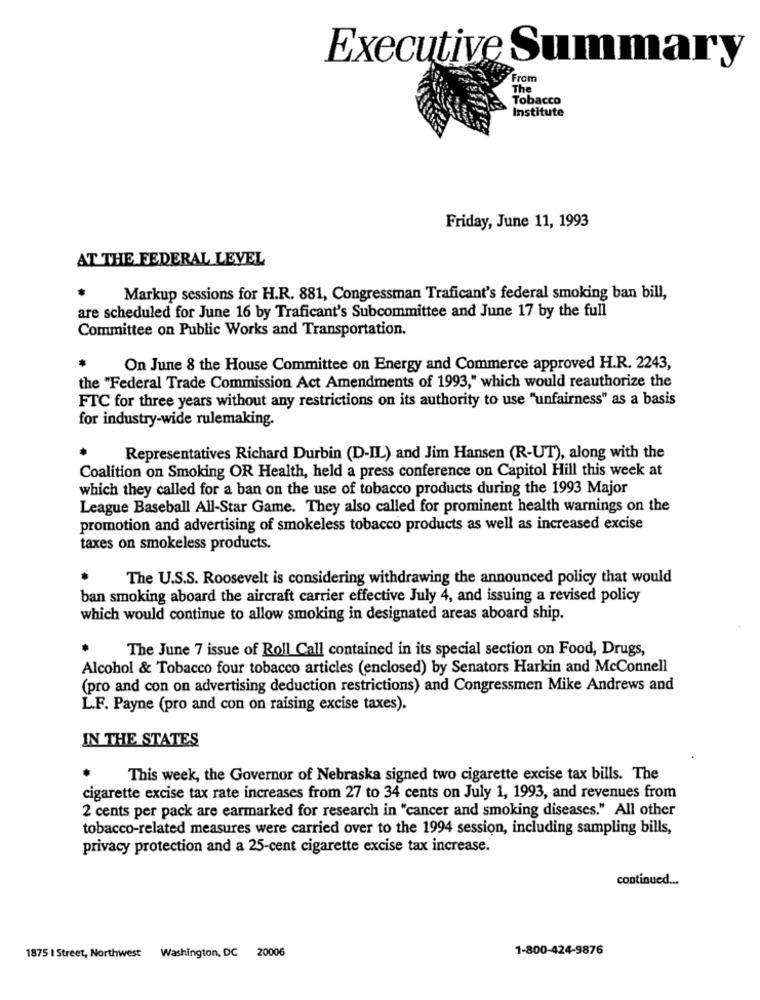
Executive Summary
From
The
Tobacco
Institute
Friday, June 11, 1993
AT THE FEDERAL LEVEL
Markup sessions for H.R. 881, Congressman Traficant's federal smoking ban bill,
are scheduled for June 16 by Traficant's Subcommittee and June 17 by the full
Committee on Public Works and Transportation.
On June 8 the House Committee on Energy and Commerce approved H.R. 2243,
the "Federal Trade Commission Act Amendments of 1993," which would reauthorize the
FTC for three years without any restrictions on its authority to use "unfairness" as a basis
for industry-wide rulemaking.
Representatives Richard Durbin (D-IL) and Jim Hansen (R-UT), along with the
Coalition on Smoking OR Health, held a press conference on Capitol Hill this week at
which they called for a ban on the use of tobacco products during the 1993 Major
League Baseball All-Star Game. They also called for prominent health warnings on the
promotion and advertising of smokeless tobacco products as well as increased excise
taxes on smokeless products.
The U.S.S. Roosevelt is considering withdrawing the announced policy that would
ban smoking aboard the aircraft carrier effective July 4, and issuing a revised policy
which would continue to allow smoking in designated areas aboard ship.
The June 7 issue of Roll Call contained in its special section on Food, Drugs,
Alcohol & Tobacco four tobacco articles (enclosed) by Senators Harkin and McConnell
(pro and con on advertising deduction restrictions) and Congressmen Mike Andrews and
L.F. Payne (pro and con on raising excise taxes).
IN THE STATES
This week, the Governor of Nebraska signed two cigarette excise tax bills. The
cigarette excise tax rate increases from 27 to 34 cents on July 1, 1993, and revenues from
2 cents per pack are earmarked for research in "cancer and smoking diseases." All other
tobacco-related measures were carried over to the 1994 session, including sampling bills,
privacy protection and a 25-cent cigarette excise tax increase.
continued ...
1-800-424-9876
1875 | Street, Northwest
Washington, DC 20006